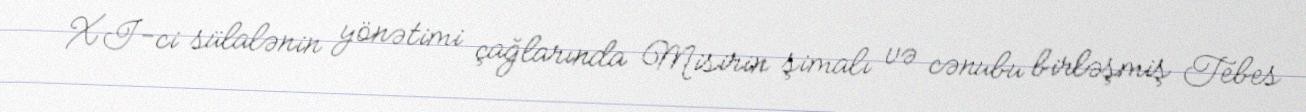
XI-ci sülalənin yönətimi çağlarında Misirin şimalı və cənubu birləşmiş Tebes